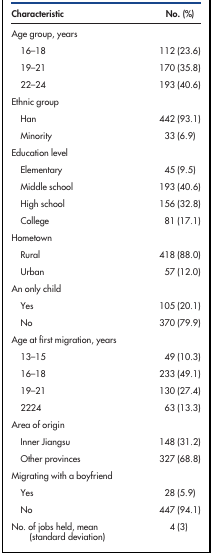
<table><thead><tr><td><b>Characteristic</b></td><td><b>No. (%)</b></td></tr></thead><tbody><tr><td>Age group, years</td><td></td></tr><tr><td>16–18</td><td>112 (23.6)</td></tr><tr><td>19–21</td><td>170 (35.8)</td></tr><tr><td>22–24</td><td>193 (40.6)</td></tr><tr><td>Ethnic group</td><td></td></tr><tr><td>Han</td><td>442 (93.1)</td></tr><tr><td>Minority</td><td>33 (6.9)</td></tr><tr><td>Education level</td><td></td></tr><tr><td>Elementary</td><td>45 (9.5)</td></tr><tr><td>Middle school</td><td>193 (40.6)</td></tr><tr><td>High school</td><td>156 (32.8)</td></tr><tr><td>College</td><td>81 (17.1)</td></tr><tr><td>Hometown</td><td></td></tr><tr><td>Rural</td><td>418 (88.0)</td></tr><tr><td>Urban</td><td>57 (12.0)</td></tr><tr><td>An only child</td><td></td></tr><tr><td>Yes</td><td>105 (20.1)</td></tr><tr><td>No</td><td>370 (79.9)</td></tr><tr><td>Age at first migration, years</td><td></td></tr><tr><td>13–15</td><td>49 (10.3)</td></tr><tr><td>16–18</td><td>233 (49.1)</td></tr><tr><td>19–21</td><td>130 (27.4)</td></tr><tr><td>2224</td><td>63 (13.3)</td></tr><tr><td>Area of origin</td><td></td></tr><tr><td>Inner Jiangsu</td><td>148 (31.2)</td></tr><tr><td>Other provinces</td><td>327 (68.8)</td></tr><tr><td>Migrating with a boyfriend</td><td></td></tr><tr><td>Yes</td><td>28 (5.9)</td></tr><tr><td>No</td><td>447 (94.1)</td></tr><tr><td>No. of jobs held, mean (standard deviation)</td><td>4 (3)</td></tr></tbody></table>